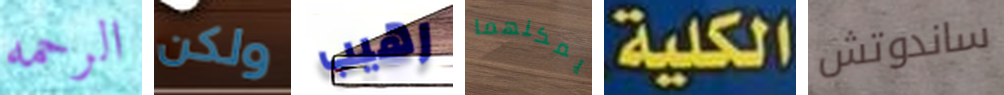
الرحمه ولكن رهيب يمكنهما الكلية ساندوتش